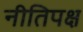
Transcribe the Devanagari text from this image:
नीतिपक्ष